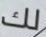
لك